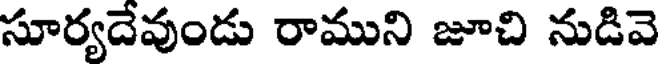
సూర్యదేవుండు రాముని జూచి నుడివె